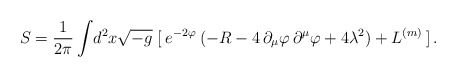
\begin{align*}S = \frac{1}{2\pi} \int\! d^{2} x \sqrt{-g}\;[\:e^{-2\varphi} \:( -R - 4\,\partial_{\mu}\varphi\,\partial^{\mu}\varphi + 4\lambda^{2})+L^{(m)}\:]\,. \end{align*}